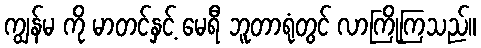
ကျွန်မ ကို မာတင်နှင့် မေရီ ဘူတာရုံတွင် လာကြိုကြသည်။